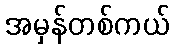
အမှန်တစ်ကယ်